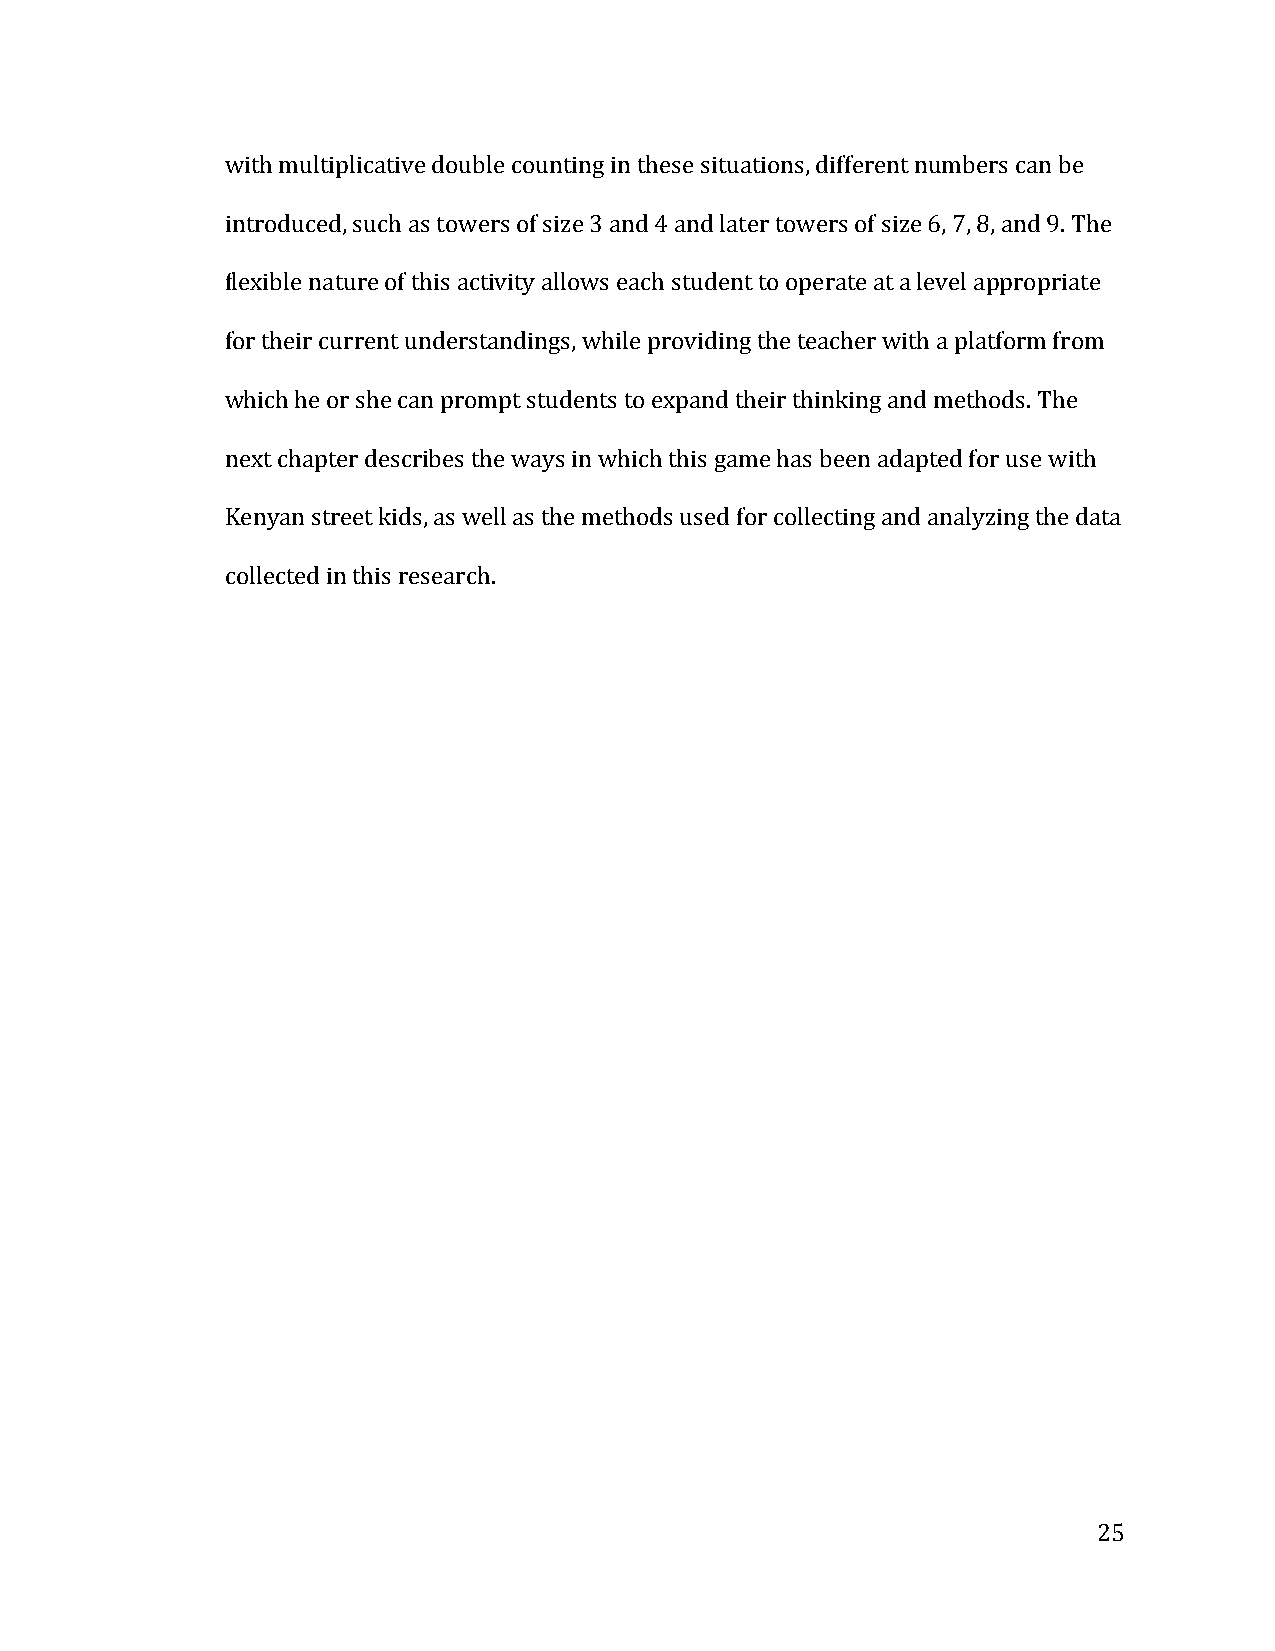
with multiplicative double counting in these situations, different numbers can be
 introduced, such as towers of size 3 and 4 and later towers of size 6, 7, 8, and 9. The
 flexible nature of this activity allows each student to operate at a level appropriate
 for their current understandings, while providing the teacher with a platform from
 which he or she can prompt students to expand their thinking and methods. The
 next chapter describes the ways in which this game has been adapted for use with
 Kenyan street kids, as well as the methods used for collecting and analyzing the data
 collected in this research.
 25